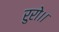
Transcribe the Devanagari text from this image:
रुरो।।